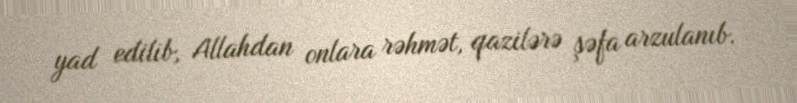
yad edilib, Allahdan onlara rəhmət, qazilərə şəfa arzulanıb.